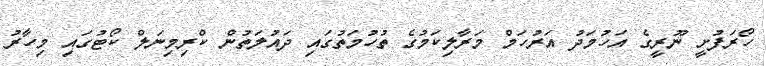
ހޯރަފުށީ ނޫރީގެ އަހުމަދު އަރުހަމް މަރާލިކަމުގެ ތުހުމަތުގައި ދައުލަތުން ކްރިމިނަލް ކޯޓުގައި މިހާރު